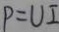
P = U I